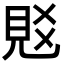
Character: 覐